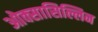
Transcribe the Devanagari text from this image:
ओक्सासिल्लिन